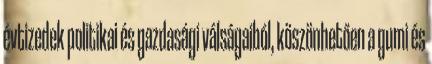
évtizedek politikai és gazdasági válságaiból, köszönhetően a gumi és